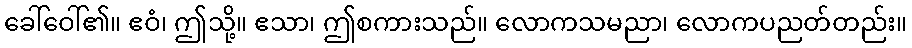
ခေါ်ဝေါ်၏။ ဧဝံ၊ ဤသို့။ ဧသာ၊ ဤစကားသည်။ လောကသမညာ၊ လောကပညတ်တည်း။